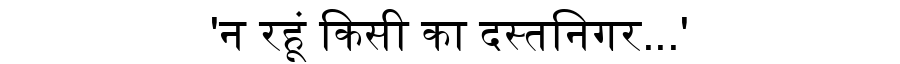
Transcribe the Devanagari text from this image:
'न रहूं किसी का दस्तनिगर...'